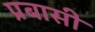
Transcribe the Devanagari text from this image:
प्रबासी